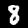
Digit: 8